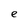
Character: e